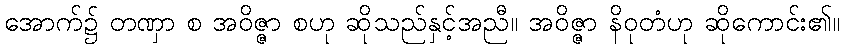
အောက်၌ တဏှာ စ အဝိဇ္ဇာ စဟု ဆိုသည်နှင့်အညီ။ အဝိဇ္ဇာ နိဝုတံဟု ဆိုကောင်း၏။